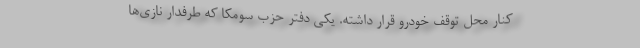
کنار محل توقف خودرو قرار داشته. یکی دفتر حزب سومکا که طرفدار نازی‌ها